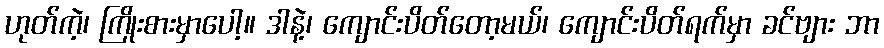
ဟုတ်ကဲ့၊ ကြိုးစားမှာပေါ့။ ဒါနဲ့၊ ကျောင်းပိတ်တော့မယ်၊ ကျောင်းပိတ်ရက်မှာ ခင်ဗျား ဘာ